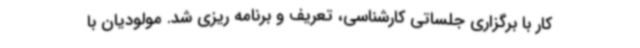
کار با برگزاری جلساتی کارشناسی، تعریف و برنامه ریزی شد. مولودیان با